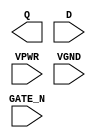
module sky130_fd_sc_hs__dlxtn (
    Q     ,
    D     ,
    GATE_N,
    VPWR  ,
    VGND
);

    output Q     ;
    input  D     ;
    input  GATE_N;
    input  VPWR  ;
    input  VGND  ;
endmodule